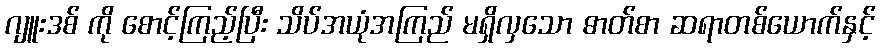
ဂျူးဒစ် ကို စောင့်ကြည့်ပြီး သိပ်အယုံအကြည် မရှိလှသော ဓာတ်စာ ဆရာတစ်ယောက်နှင့်